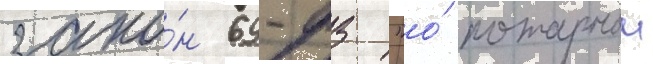
зако́н 69-фз "о́ пожарнои